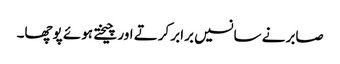
صابر نے سانسیں برابر کرتے اور چیختے ہوئے پوچھا۔